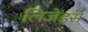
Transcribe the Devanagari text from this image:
लिजेंड्स